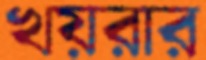
খয়রার